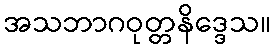
အသဘာဂဝုတ္တနိဒ္ဒေသ။